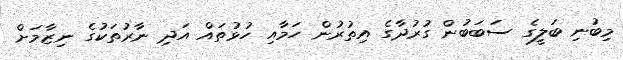
މިބުނި ބަލީގެ ސަބަބުން ގުރުދާގެ އިތުރުން ހަމާއި ހުޅުތައް އަދި ނާރުތަކުގެ ނިޒާމަށް